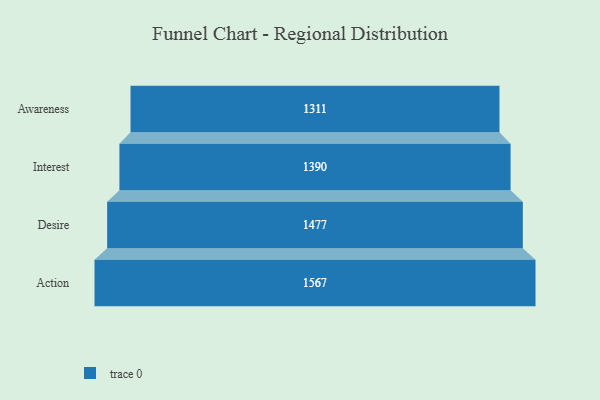
{"axis": {"x": "Stage", "y": "Value"}, "legend": [""], "data": [{"x": "Awareness", "y": 1311.0, "type": ""}, {"x": "Interest", "y": 1390.0, "type": ""}, {"x": "Desire", "y": 1477.0, "type": ""}, {"x": "Action", "y": 1567.0, "type": ""}]}